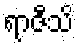
ရာဇီသိ